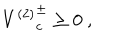
LaTeX: { V ^ { ( 2 ) } } _ { c } ^ { \pm } \geq 0 \ ,